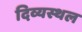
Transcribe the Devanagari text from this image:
दिव्यस्थल